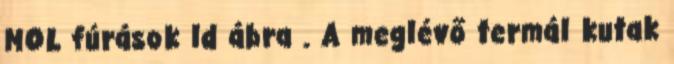
MOL fúrások ld ábra . A meglévő termál kutak